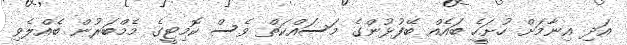
އަދި އިނާމަށް ހުށަހެިީ ބައެއް ބޭފުޅުންގެ މަސައްކަތް ވެސް ކޮމިޓީގެ މެމްބަރުން ބެއްލެވި